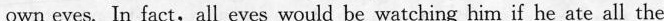
own eyes. In fact,all eyes would be watching him if he ate all the